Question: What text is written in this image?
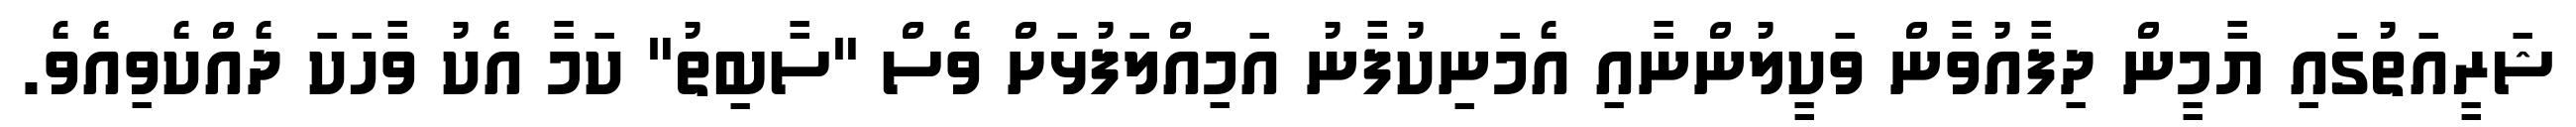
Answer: ޝަރީއަތުގައި ޔާމީން ދިފާއުވާން ވަކީލުންނާއި އެމަނިކުފާނު އަމިއްލަފުޅަށް ވެސް "ސާބިތު" ކަމާ އެކު ވާހަކަ ދެއްކެވިއެވެ.